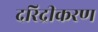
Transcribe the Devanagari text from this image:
दरिद्रीकरण